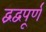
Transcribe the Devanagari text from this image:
द्वंद्वपूर्ण